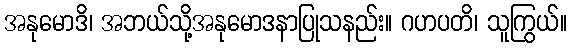
အနုမောဒိ၊ အဘယ်သို့အနုမောဒနာပြုသနည်း။ ဂဟပတိ၊ သူကြွယ်။